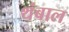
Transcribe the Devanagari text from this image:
थंबाल